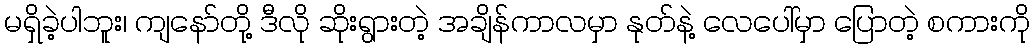
မရှိခဲ့ပါဘူး၊ ကျနော်တို့ ဒီလို ဆိုးရွားတဲ့ အချိန်ကာလမှာ နုတ်နဲ့ လေပေါ်မှာ ပြောတဲ့ စကားကို